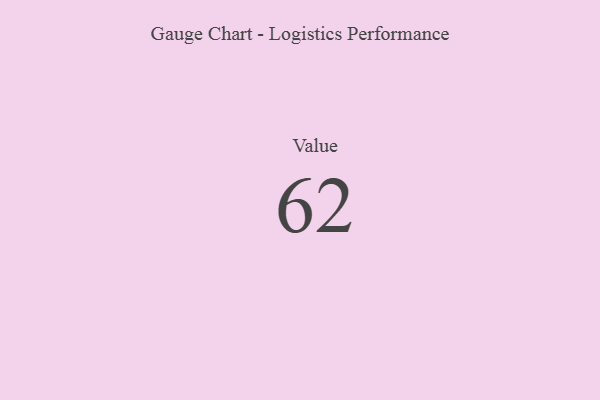
{"axis": {"x": "Metric", "y": "Value"}, "legend": [""], "data": [{"x": "Value", "y": 62, "type": ""}]}